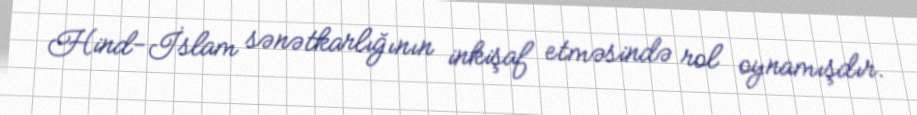
Hind-İslam sənətkarlığının inkişaf etməsində rol oynamışdır.